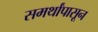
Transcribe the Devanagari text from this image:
समर्थांपासून